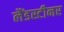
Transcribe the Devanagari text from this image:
लैंडस्टीनर